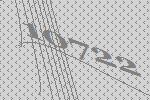
10722